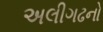
અલીગઢનો